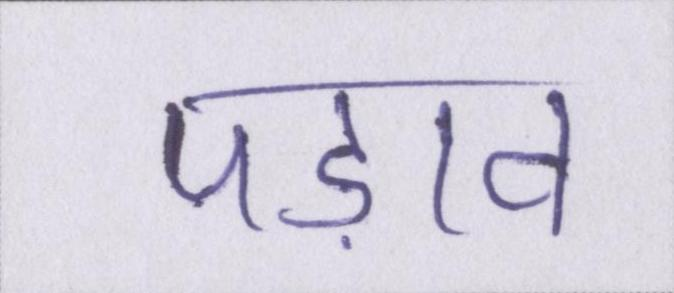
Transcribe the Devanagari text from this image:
पड़ाव